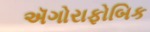
ઍગોરાફોબિક